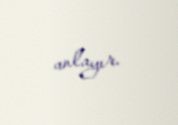
anlayır.